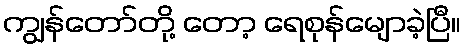
ကျွန်တော်တို့ တော့ ရေစုန်မျောခဲ့ပြီ။